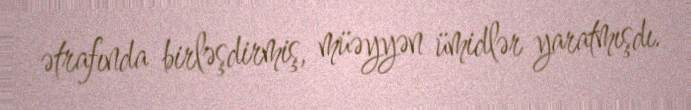
ətrafında birləşdirmiş, müəyyən ümidlər yaratmışdı.